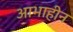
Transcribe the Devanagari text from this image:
आभाहीन